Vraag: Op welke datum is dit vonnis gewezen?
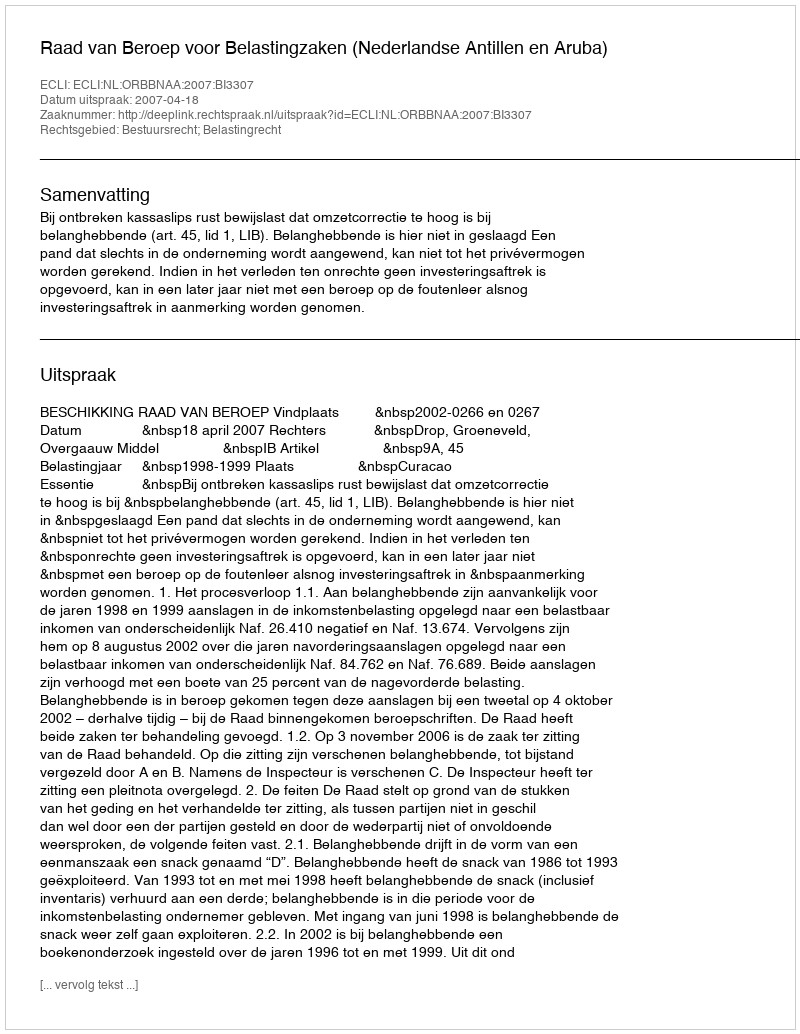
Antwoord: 2007-04-18